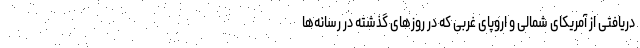
دریافتی از آمریکای شمالی و اروپای غربی که در روزهای گذشته در رسانه‌‌ها